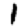
Digit: 1